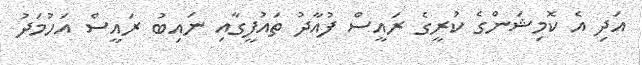
އަދި އެ ކޮމިޝަންގެ ކުރީގެ ރައީސް ފުއާދު ތައުފީގާއި ނައިބު ރައީސް އަހުމަދު